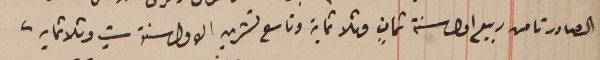
الصادر تامن ربيع اول سنة ثمانٍ وثلاثماية وتاسع تشرين الاول سنة ستٍ وثلاثمايه